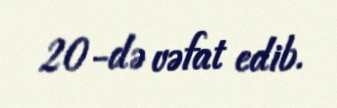
20-də vəfat edib.